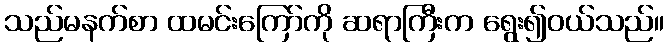
သည်မနက်စာ ထမင်းကြော်ကို ဆရာကြီးက ရွေး၍ဝယ်သည်။